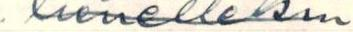
lienellekin